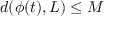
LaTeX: d ( \phi ( t ) , L ) \leq M